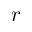
r